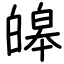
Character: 皞